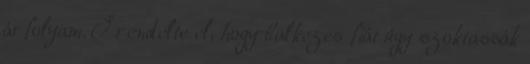
árfolyam. Ő rendelte el, hogy balkezes fiát úgy szoktassák